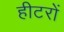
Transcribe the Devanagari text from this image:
हीटरों